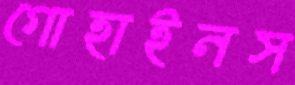
গোহাইনস